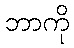
ဘာကို